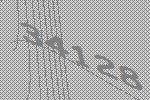
34128